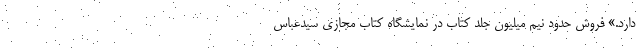
دارد.» فروش حدود نیم میلیون جلد کتاب در نمایشگاه کتاب مجازی سیدعباس